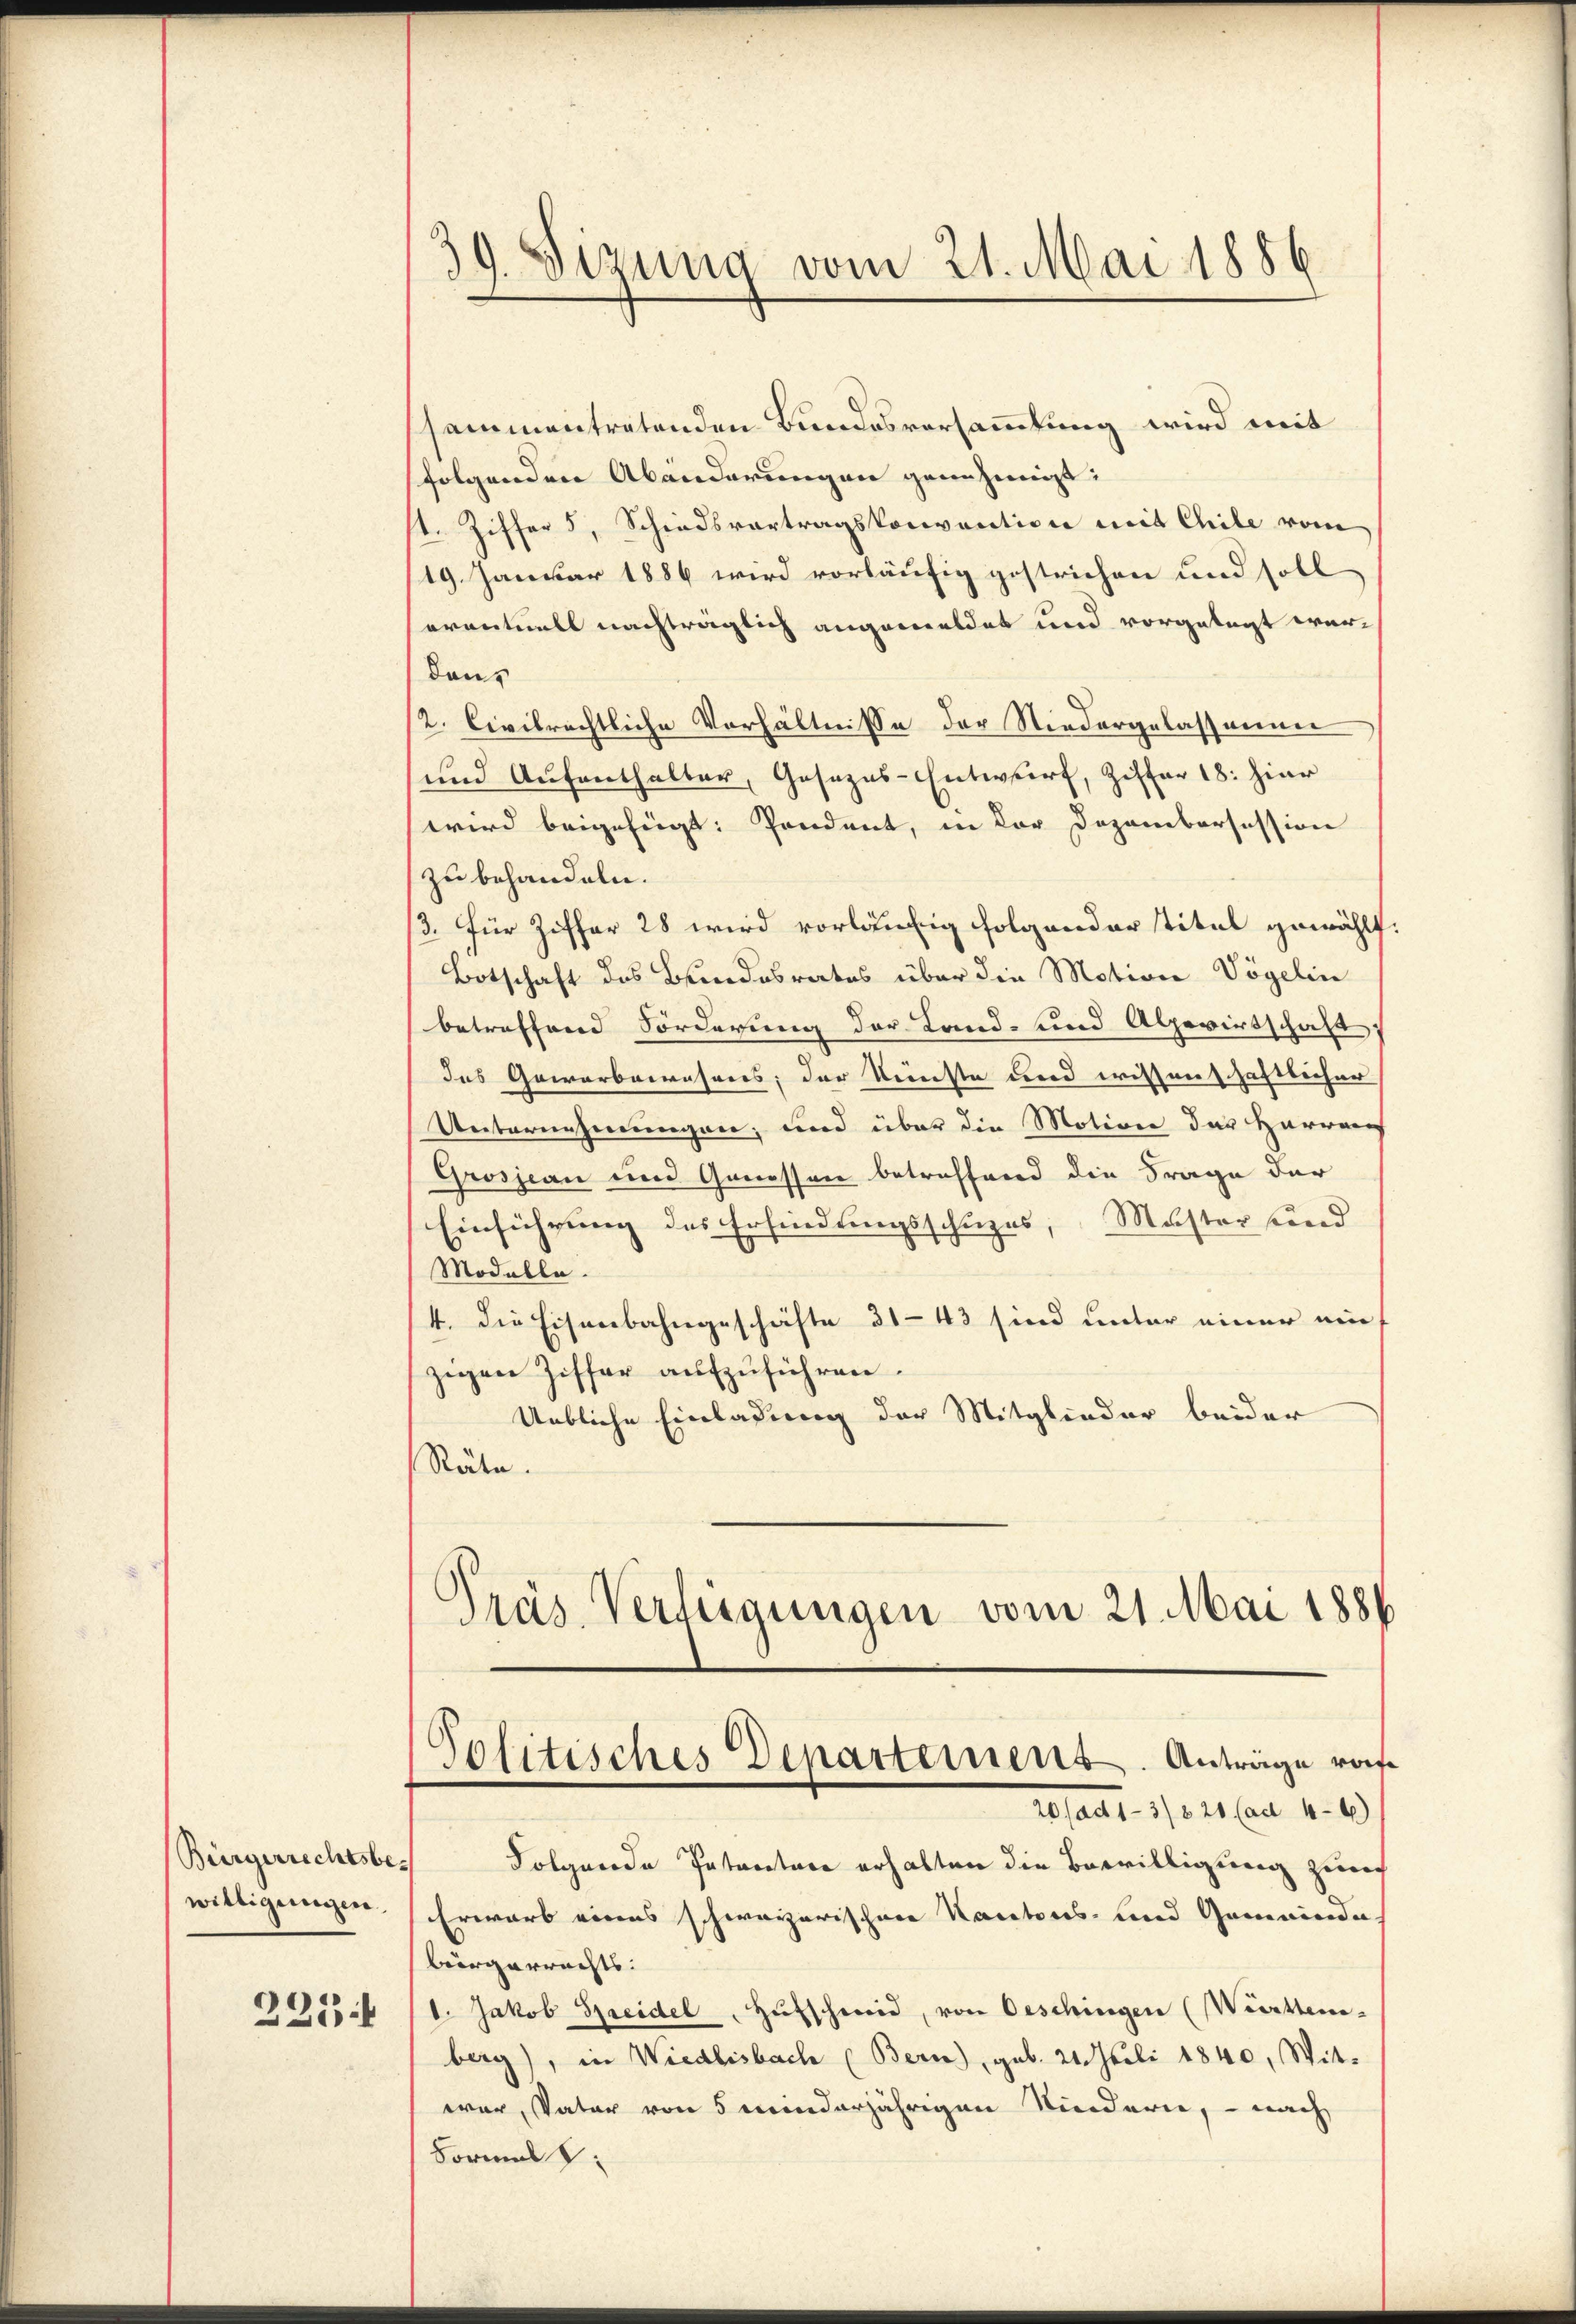
Bürgerrechtsbewilligungen.
225

sammentretenden Bundesversammlung wird mit
folgenden Abänderungen genehmigt:
1. Ziffer 5, Schiedsvortragskonvention mit Chile vom
19. Januar 1886 wird vorläufig gestrichen und soll
eventuell nachträglich angemeldet und vorgelegt werdans
2. Civilrechtliche Verhältnisse der Niedergelassungen
und Aufenthalter, Gesezes-Entwurf, Ziffer 18. hier
wird beigefügt: Pendant, in der Dezembersession
zu behandeln.
/3. für Ziffer 28 wird vorläufig folgender Titel gewählt:
Botschaft des Bundesrates über die Motion Vögelin
betreffend Forderung der Land- und Alpewirtschaft
das Gewarbaresners; der Künste und wissenschaftlicher
Unternehmungen, und über die Motione der Harrang
Grosjean und Genessen betreffend die Frage der
Einführung des Erfindungsschuzes, Muster sind
Modelle.
4. Die Eisenbahngeschäfte 31-43 sind unter einer ein
zigen Ziffer aufzuführen.
Unbliche Einladung der Mitglieder beider
Räte.
Präs. Verfügungen vom 21. Mai 1886

39. Sizung vom 21. Mai 1886

Politisches Departement. Anträge von
20 (ad 1-3/8 20 (ad 46)

Folgende Patentare erhalten die Bewilligung zum
Erwarb eines schweizerischen Kantons- und Gemeinder
bürgerrechts.
1. Jakob Streidel, Hufschweid, von Oeschingen (Württem-
berg), in Wiedlisbach (Bern), geb. 21. Juli 1840, Witwar, Vater von 5 minderjährigen Kinderie, – nach
Formals: